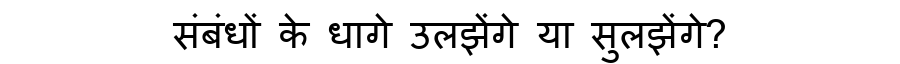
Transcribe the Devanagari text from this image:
संबंधों के धागे उलझेंगे या सुलझेंगे?